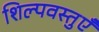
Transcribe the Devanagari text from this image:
शिल्पवस्तुएँ